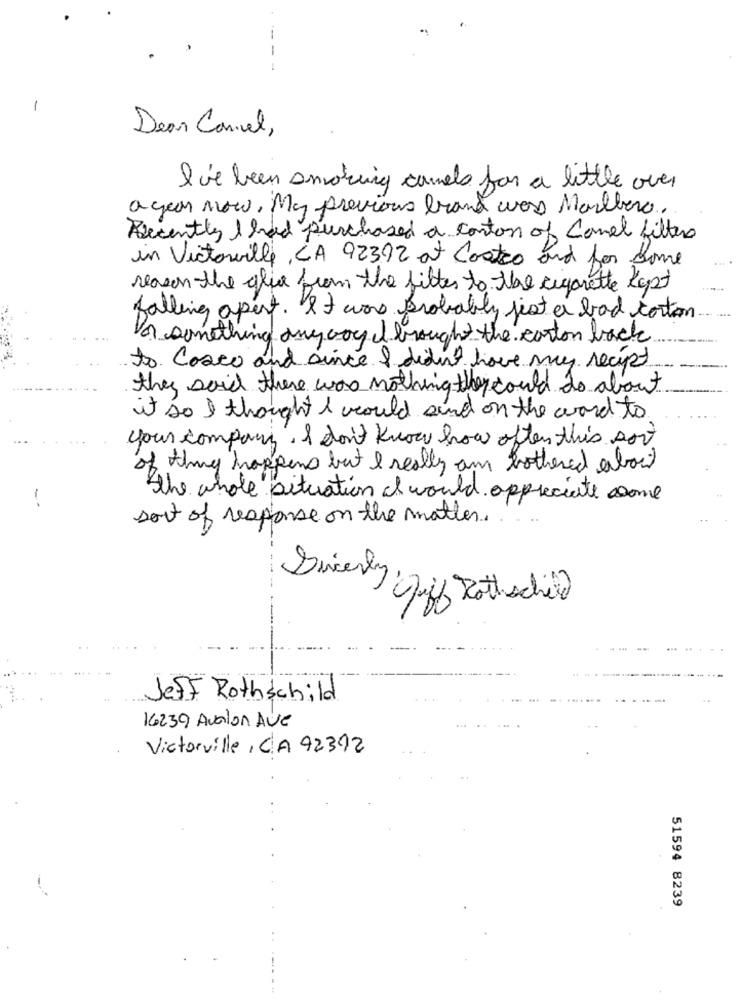
-
-
Dear Camel,
I've been smoking camels for a little over
a year now, My previous brand woss Marlboro.
Recently I had purchased a conton of Camel filters
in Victorville, CA 92392 at Costco and for some
reason the glie from the filter to the cigarette kapt
falling apart. It was probably just a bad corton
...
on something any way I brought the carton back
to Cosco and since I didn't have my recept
they said there was nothing they could do about
it so I thought I would and on the word to
your company. I don't know how often this sort
of thing happens but I really am bothered about
the whole situation it would appreciate some
sort of response on the matter.
Sincerly
Rif Rothschild
Jeff Rothschild
16239 Avalon Ave
Victorville , C.A 92392
51594 8239